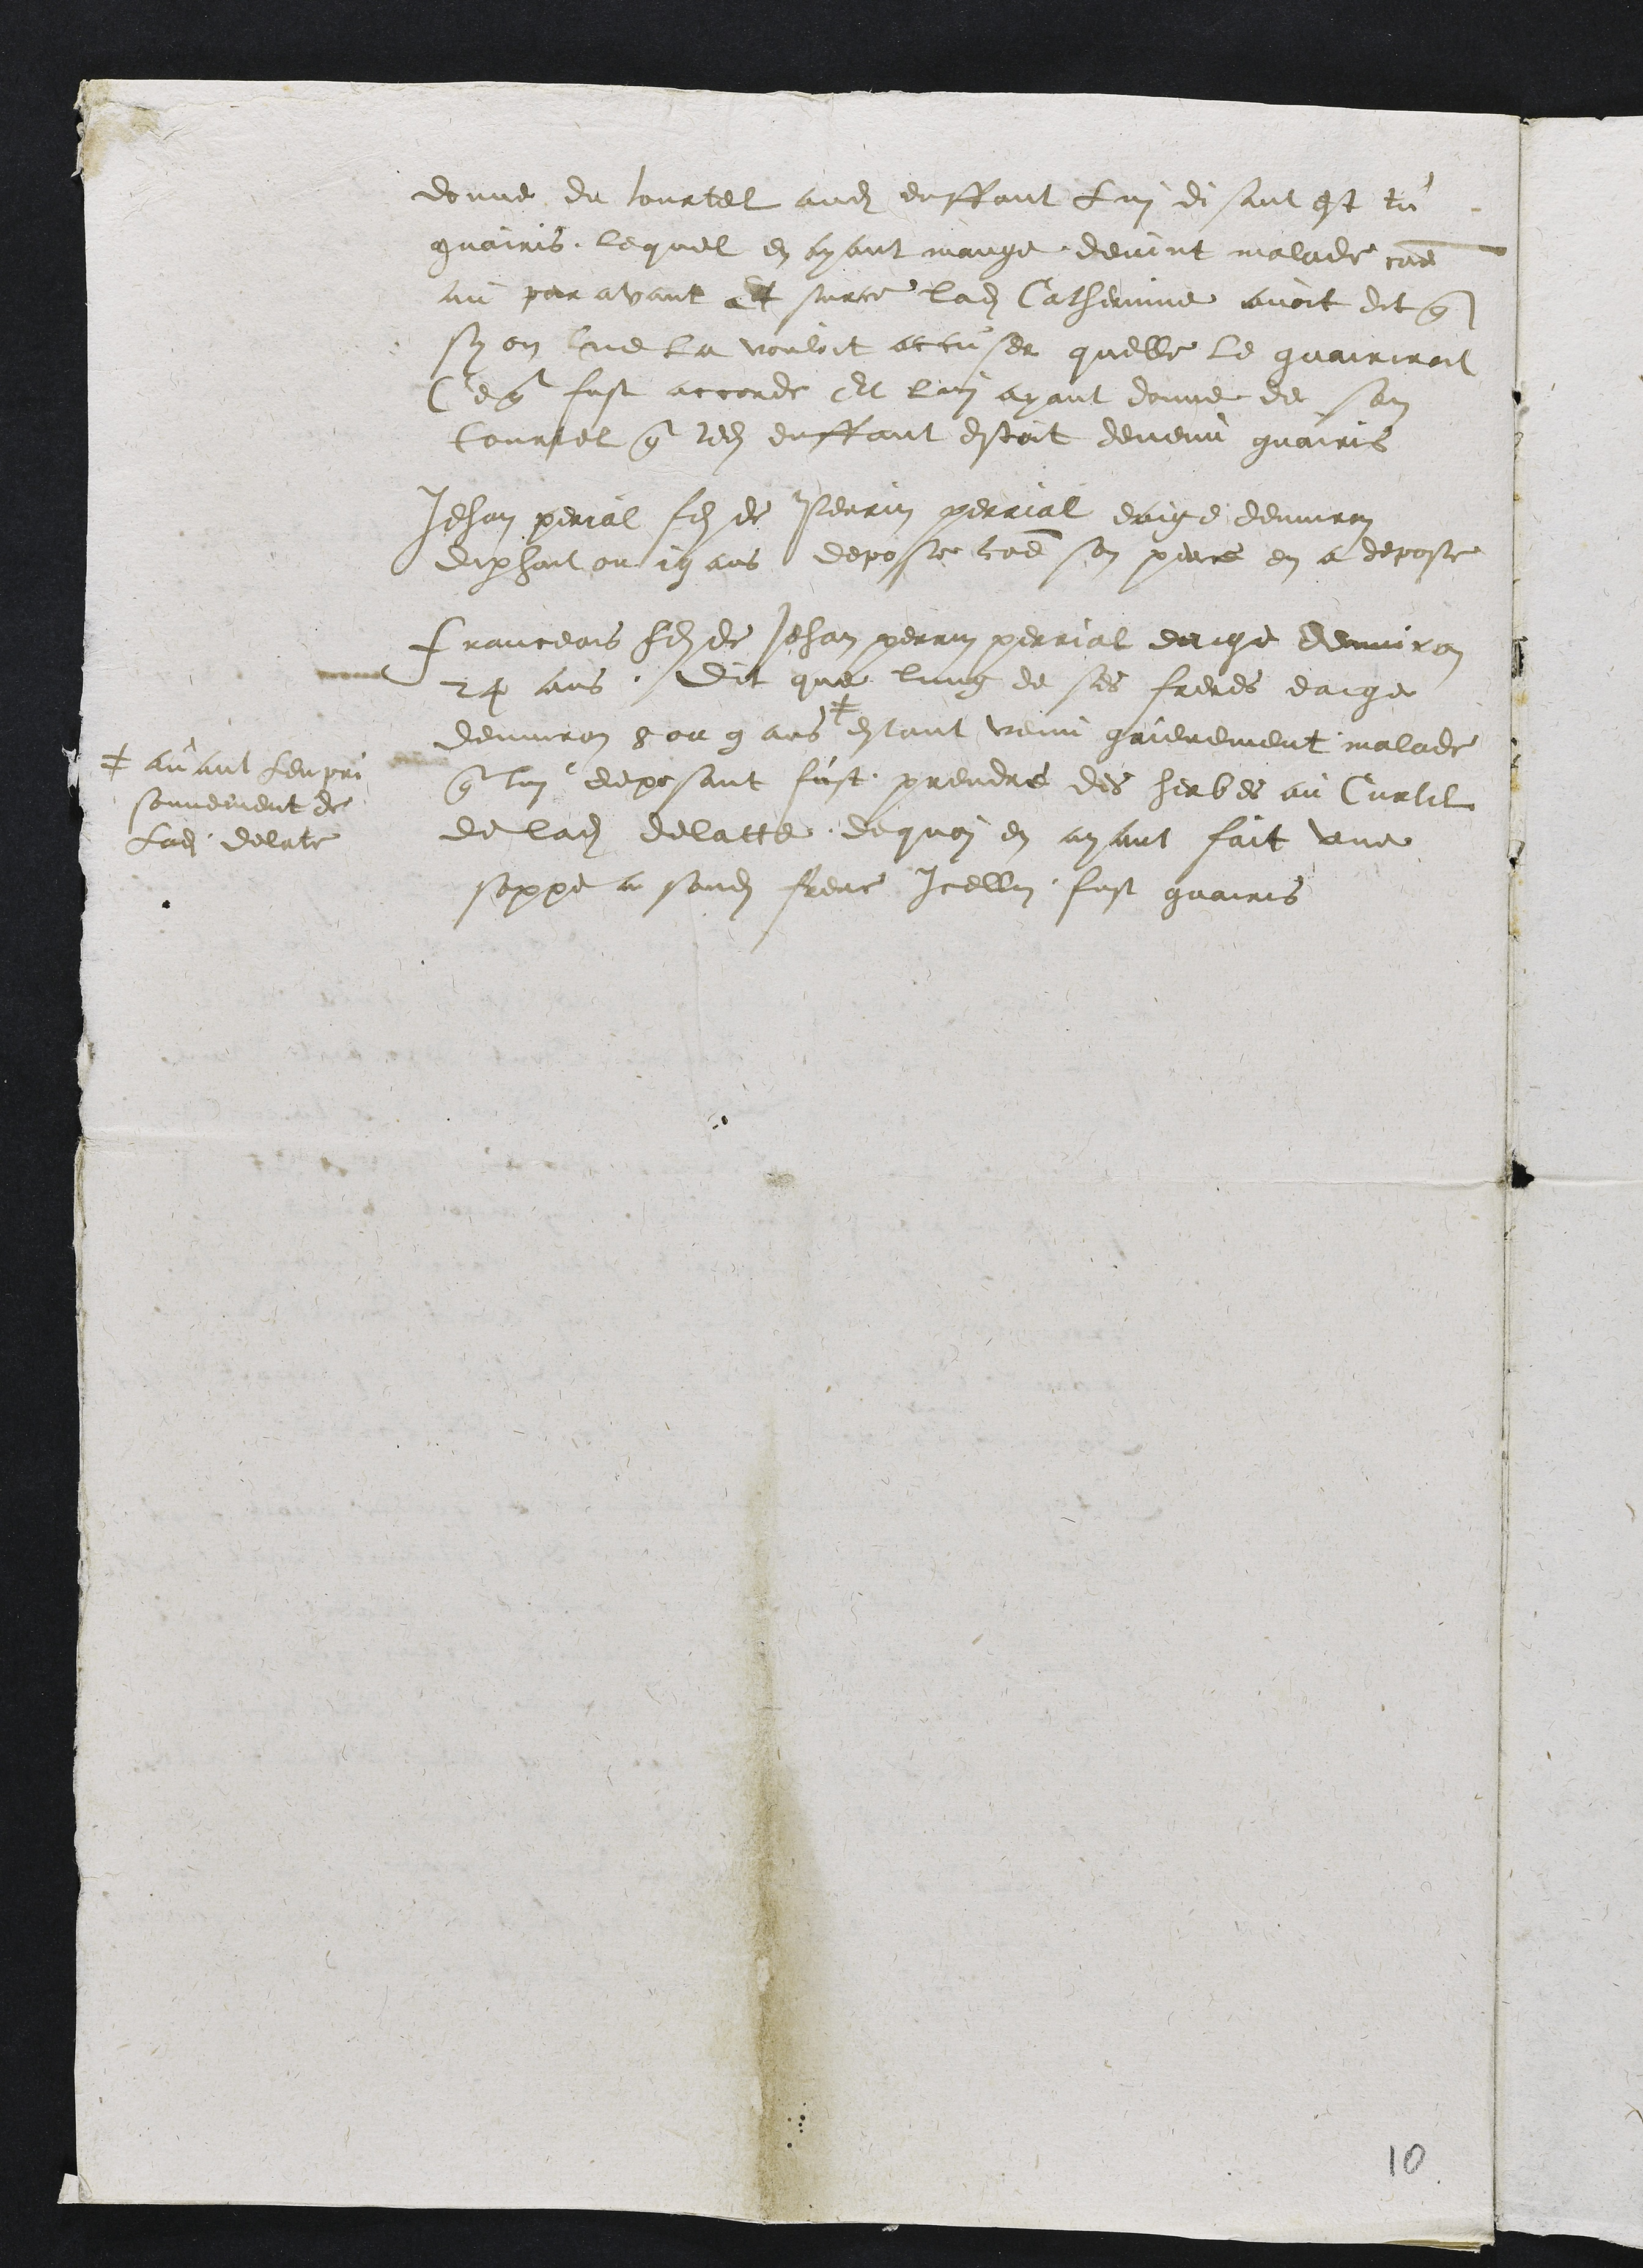
donne du tourtel audit enffant Lui disant est tu
guairis lequel en ayant mange devint malade came
au paravant et surce ladite Catherinne avoit dit que
sy on lne la vouloit accuser quelle le guairiroit
Ce que fust accorde Et lui ayant donne de son
tourtel que ledit enffant estoit devenu guairis
Jehan perral fils de Verrin perrial eaige denviron
dixhait ou 19 ans depose comme son perce en a depose
Franceois filsee Jehan perrin perrial eaige denviron
24 ans. Dit que lung de ses freres eaige
denviron 8 ou 9 ans
+ avant lempri
sonvement de
Ladite delate
estant venu grievement malade
que lui deposant fust prendre des herbes au Curtilz
de ladite delatte de quoi en ayant fait une
soppe a sondit frere Icellui fust guairis

10